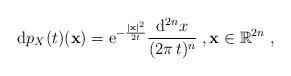
LaTeX: \begin{align*}\mathrm{d}p_{X}(t)(\mathbf{x}) = \mathrm{e}^{-\frac{|\mathbf{x}|^2}{2t}}\frac{\mathrm{d}^{2n}x}{(2\pi\,t)^n}\;,\mathbf{x}\in\mathbb{R}^{2n}\;,\end{align*}